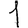
Digit: 1